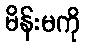
မိန်းမကို